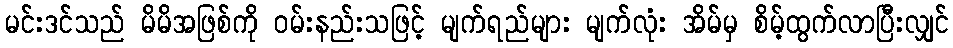
မင်းဒင်သည် မိမိအဖြစ်ကို ဝမ်းနည်းသဖြင့် မျက်ရည်များ မျက်လုံး အိမ်မှ စိမ့်ထွက်လာပြီးလျှင်